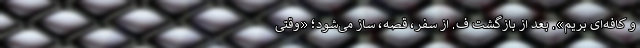
و کافه‌ای بریم». بعد از بازگشت ف. از سفر، قصه، ساز می‌شود؛ «وقتی